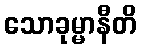
သောခုမ္မာနီတိ